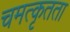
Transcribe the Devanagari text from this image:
चमत्कृतता